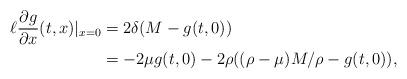
LaTeX: \begin{align*}\ell \frac{\partial g}{\partial x}(t,x)|_{x=0}&=2\delta(M-g(t,0))\\&= -2\mu g(t,0)-2\rho((\rho-\mu)M/\rho-g(t,0)),\end{align*}